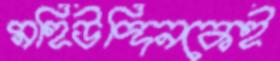
মহিউদ্দিনকেই